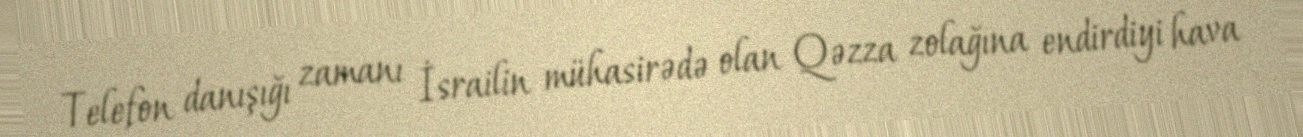
Telefon danışığı zamanı İsrailin mühasirədə olan Qəzza zolağına endirdiyi hava